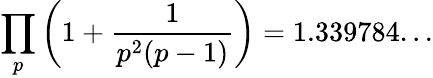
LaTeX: \prod_{p}\left(1+{\frac{1}{p^{2}(p-1)}}\right)=1.339784...